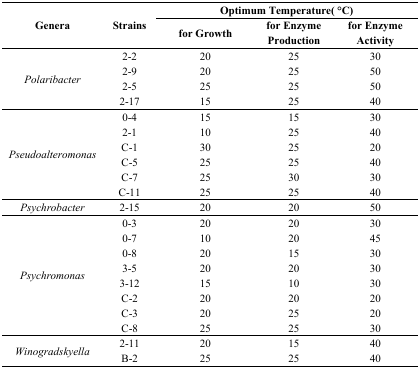
<table><thead><tr><td rowspan="2"><b>Genera</b></td><td rowspan="2"><b>Strains</b></td><td colspan="3"><b>Optimum Temperature( °C)</b></td></tr><tr><td><b>for Growth</b></td><td><b>for Enzyme Production</b></td><td><b>for Enzyme Activity</b></td></tr></thead><tbody><tr><td rowspan="4"><i>Polaribacter</i></td><td>2-2</td><td>20</td><td>25</td><td>30</td></tr><tr><td>2-9</td><td>20</td><td>25</td><td>50</td></tr><tr><td>2-5</td><td>25</td><td>25</td><td>50</td></tr><tr><td>2-17</td><td>15</td><td>25</td><td>40</td></tr><tr><td rowspan="6"><i>Pseudoalteromonas</i></td><td>0-4</td><td>15</td><td>15</td><td>30</td></tr><tr><td>2-1</td><td>10</td><td>25</td><td>40</td></tr><tr><td>C-1</td><td>30</td><td>25</td><td>20</td></tr><tr><td>C-5</td><td>25</td><td>25</td><td>40</td></tr><tr><td>C-7</td><td>25</td><td>30</td><td>30</td></tr><tr><td>C-11</td><td>25</td><td>25</td><td>40</td></tr><tr><td><i>Psychrobacter</i></td><td>2-15</td><td>20</td><td>20</td><td>50</td></tr><tr><td rowspan="8"><i>Psychromonas</i></td><td>0-3</td><td>20</td><td>20</td><td>30</td></tr><tr><td>0-7</td><td>10</td><td>20</td><td>45</td></tr><tr><td>0-8</td><td>20</td><td>15</td><td>30</td></tr><tr><td>3-5</td><td>20</td><td>20</td><td>30</td></tr><tr><td>3-12</td><td>15</td><td>10</td><td>30</td></tr><tr><td>C-2</td><td>20</td><td>20</td><td>20</td></tr><tr><td>C-3</td><td>20</td><td>25</td><td>20</td></tr><tr><td>C-8</td><td>25</td><td>25</td><td>30</td></tr><tr><td rowspan="2"><i>Winogradskyella</i></td><td>2-11</td><td>20</td><td>15</td><td>40</td></tr><tr><td>B-2</td><td>25</td><td>25</td><td>40</td></tr></tbody></table>